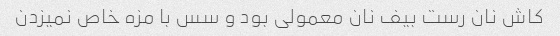
کاش نان رست بیف نان معمولی بود و سس با مزه خاص نمیزدن